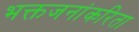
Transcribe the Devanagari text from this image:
भक्तजनांकरिता